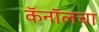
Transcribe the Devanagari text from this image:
कॅनॉलचा